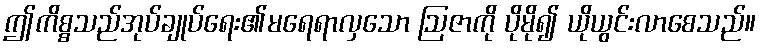
ဤကိစ္စသည်အုပ်ချုပ်ရေး၏မရေရာလှသော ဩဇာကို ပိုမို၍ ယိုယွင်းလာစေသည်။